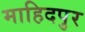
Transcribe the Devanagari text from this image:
माहिदपुर